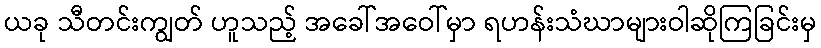
ယခု သီတင်းကျွတ် ဟူသည့် အခေါ်အဝေါ်မှာ ရဟန်းသံဃာများဝါဆိုကြခြင်းမှ